Report on sanitation, dispensaries, and jails in Rajputana for 1909, and on vaccination for the year 1909-1910 - 1909-1910
Year: 1909
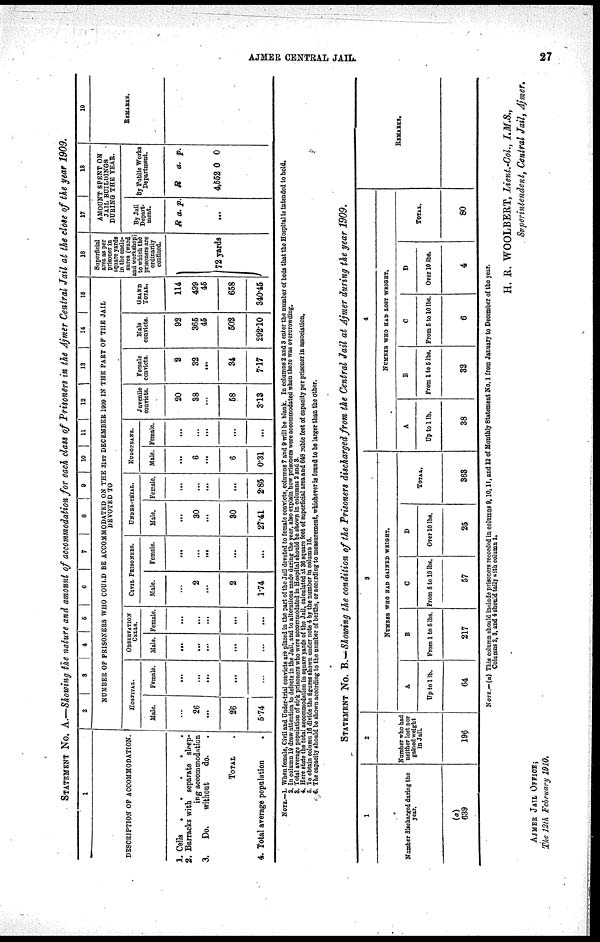
AJMER CENTRAL JAIL.
27
STATEMENT No. A.—Showing the nature and amount of accommodation for each class of Prisoners in the Ajmer Central Jail at the close of the year 1909.
1
DESCRIPTION OF ACCOMMODATION.
1. Cells .
.
.
.
.
2. Barracks with separate sleep-
ing accommodation
3.
Do.
without
do. .
TOTAL .
4. Total average population
.
2
3
4 5 6
7 8 9 10 11 12
13
14 15
NUMBER OF PRISONERS WHO COULD BE ACCOMMODATED ON THE 31st DECEMBER 1909 IN THE PART OF THE JAIL
DEVOTED TO
HOSPITAL.
Male.
...
26
...
26
5.74
Femels.
...
...
...
...
...
OBSERVATION
CELLS.
Male.
...
...
...
...
...
Female.
...
...
...
...
...
CIVIL PRISONERS
Male.
...
2
...
2
1.74
Femals.
...
...
...
...
...
UNDER-TRIAL.
Male.
...
30
...
30
27.41
Femals.
...
...
...
...
2.85
EUROPEANS.
Male.
...
6
...
6
0.31
Female.
...
...
...
...
...
Juvenile
convicts.
20
38
...
58
3.18
Femele
convicts.
2
32
...
34
717
Male
convicts.
92
365
45
502
292.10
GRAND
TOTAL..
114
499
45
658
340.45
16
Superficial
area as per
prisoner in
squars yards
in the enclo¬
sures (ward
and workshop)
to which the
prisoners are
ordinarily
confined.
72 yards
17
18
AMOUNT SPENT ON
JAIL BUILDINGS
DURING THE YEAR.
By Jail
Depart-
ment.
R a. p.
...
...
...
By Public Works
Department.
R a. p.
...
4,552 0 0
...
19
REMARKS.
NOTE.—1. When female, Civil and Under-trial convicts are priced in the part of the Jail devoted to female convicts, columns 7 and 9 will be black. In columns 2 and 3 enter the number of beds that the Hospital is intended to hold.
2. In column 19 draw attention to defects in the Jail, and to alterations made during the year, also explain how prisoners were accommodated when there was overcrowding.
3. Total average population of sick prisoners who were accommodated to Hospital should be shown in columns 2 and 3.
4. Hers state the total accommodation in square yards of the Jail, calculated at 36 square feet of superficial area and 648 cubic feet of capacity per prisoner in association.
5. To obtain column 16 divide the figures shown under note 4 by the number in column 16.
6. The capacity should be shown according to the number of berths, or according to measurement, whichever is found to be larger than the other.
STATEMENT No. B.—Showing the condition of the Prioners discharged from the Central Jail at Ajmer during the year 1909.
1
Number discharged during the
year.
(a)
639
2
Number who had
neither lost nor
gained weight
in Jail.
196
3
NUMBER WHO HAD GAINED WEIGHT.
A
Up to 1 lb.
64
B
From 1 to 5 lbs.
217
C
From 5 to 10 lbs.
57
D
Over 10 lbs.
25
TOTAL
363
4
NUMBER WHO HAD LOST WEIGHT.
A
Up to 1 lb.
38
B
From 1 to 5 lbs.
32
C
From 5 to 10 lbs.
6
D
Over 10 lbs.
4
TOTAL.
80
REMARKS.
NOTE— (a) This column should include prisoners recorded in columns 9,10,11, and 12 of Monthly Statement No. 1 from January to December of the year.
Columns 2, 3, and 4 should tally with column 1.
H. R. WOOLBERT, Lieut.-Col, I.M.S.,
Superintendent, Central Jail, Ajmer.
AJMER JAIL OFFICE;
The 12th February 1910.